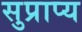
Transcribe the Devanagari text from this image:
सुप्राप्य